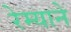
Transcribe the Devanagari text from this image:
रेम्याने